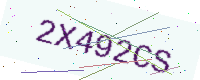
Text: 2X492CS